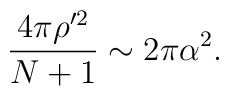
\frac{4\pi\rho^{\prime 2}}{N+1} \sim 2\pi\alpha^{2}.